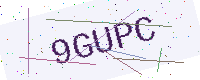
Text: 9GUPC